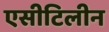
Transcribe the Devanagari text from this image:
एसीटिलीन